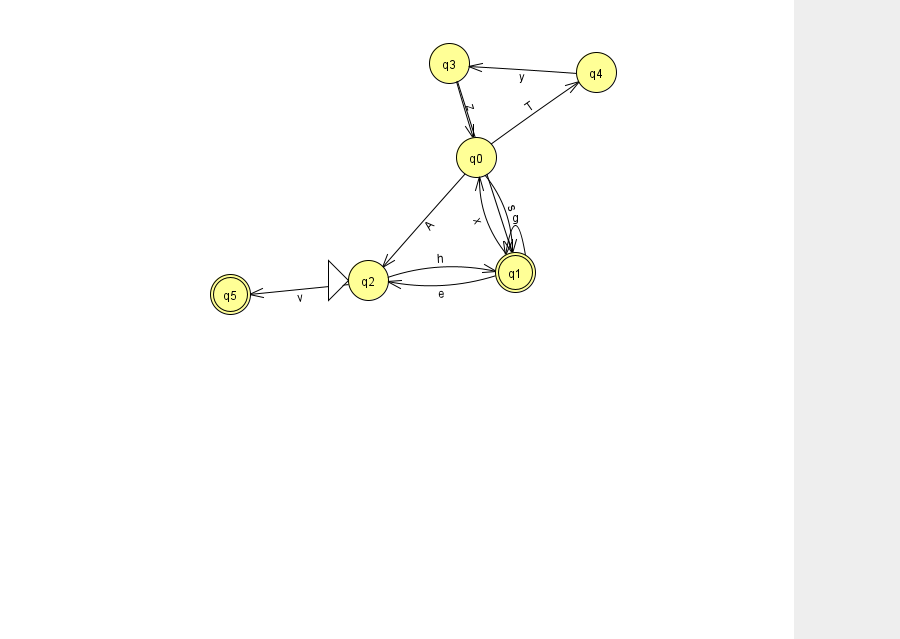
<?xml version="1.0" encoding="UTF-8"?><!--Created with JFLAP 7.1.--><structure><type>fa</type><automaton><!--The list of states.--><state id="0" name="q0"><x>476.0</x><y>144.0</y></state><state id="1" name="q1"><x>515.0</x><y>259.0</y><final/></state><state id="2" name="q2"><x>368.0</x><y>267.0</y><initial/></state><state id="3" name="q3"><x>449.0</x><y>50.0</y></state><state id="4" name="q4"><x>596.0</x><y>59.0</y></state><state id="5" name="q5"><x>230.0</x><y>281.0</y><final/></state><!--The list of transitions.--><transition><from>0</from><to>1</to><read>s</read></transition><transition><from>0</from><to>4</to><read>T</read></transition><transition><from>3</from><to>1</to><read>c</read></transition><transition><from>1</from><to>2</to><read>e</read></transition><transition><from>0</from><to>2</to><read>A</read></transition><transition><from>2</from><to>5</to><read>v</read></transition><transition><from>1</from><to>1</to><read>g</read></transition><transition><from>1</from><to>0</to><read>x</read></transition><transition><from>3</from><to>0</to><read>z</read></transition><transition><from>4</from><to>3</to><read>y</read></transition><transition><from>2</from><to>1</to><read>h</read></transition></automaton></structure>